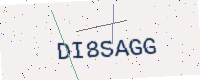
Text: DI8SAGG